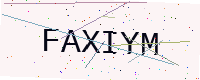
Text: FAXIYM